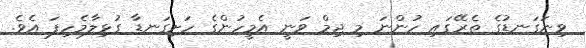
ވިނަގަނޑުގެ ތެރޭގައި ހުންނަ މި ޖިމް ވަނީ އެމީހުންގެ ހަށިގަނޑާ ގުޅިލާމެހިފަ އެވެ.